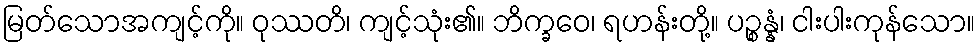
မြတ်သောအကျင့်ကို။ ဝုဿတိ၊ ကျင့်သုံး၏။ ဘိက္ခဝေ၊ ရဟန်းတို့။ ပဉ္စန္နံ၊ ငါးပါးကုန်သော။